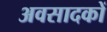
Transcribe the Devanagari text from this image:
अवसादकों